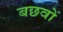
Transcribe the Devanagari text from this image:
बछवों